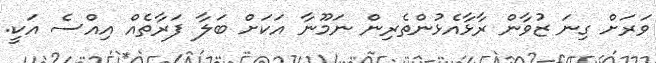
ވަރަށް ގިނަ ޒުވާން ރާޅާއެޅުންތެރިން ނަމޫނާ އަކަށް ބަލާ ފަރާތެއް އިއްސެ އަކީ.